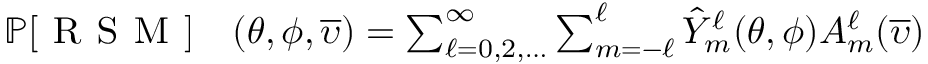
\begin{array} { r l } { \mathbb { P } [ \textsc { R S M } ] } & { { } ( \theta , \phi , \overline { { \upsilon } } ) = \sum _ { \ell = 0 , 2 , \ldots } ^ { \infty } \sum _ { m = - \ell } ^ { \ell } \hat { Y } _ { m } ^ { \ell } ( \theta , \phi ) A _ { m } ^ { \ell } ( \overline { { \upsilon } } ) } \end{array}